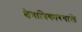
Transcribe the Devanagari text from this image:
क्षेत्राधिकारवाले